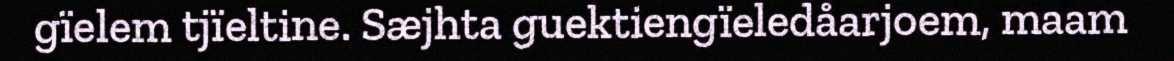
gïelem tjïeltine. Sæjhta guektiengïeledåarjoem, maam